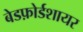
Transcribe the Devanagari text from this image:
बेडफ़ोर्डशायर